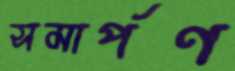
সমার্পণ